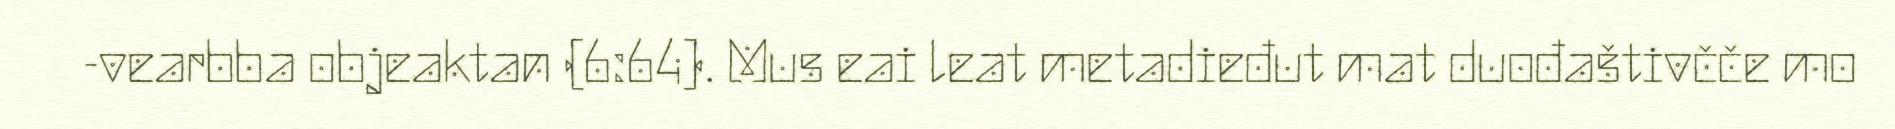
-vearbba objeaktan (6:64). Mus eai leat metadieđut mat duođaštivčče mo